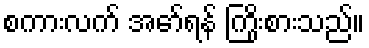
စကားလက် အော်ရန် ကြိုးစားသည်။